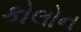
કોલોન